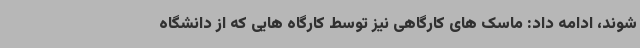
شوند، ادامه داد: ماسک های کارگاهی نیز توسط کارگاه هایی که از دانشگاه